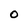
Character: O